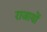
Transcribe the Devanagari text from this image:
राजायों